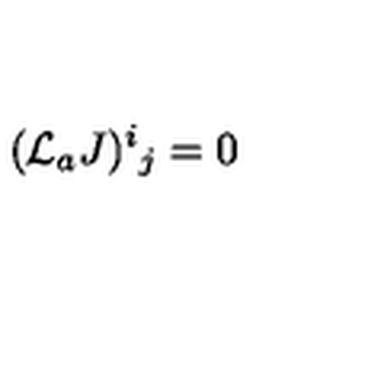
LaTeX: ( { \cal L } _ { a } J ) ^ { i } { } _ { j } = 0